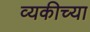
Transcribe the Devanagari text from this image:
व्यकीच्या